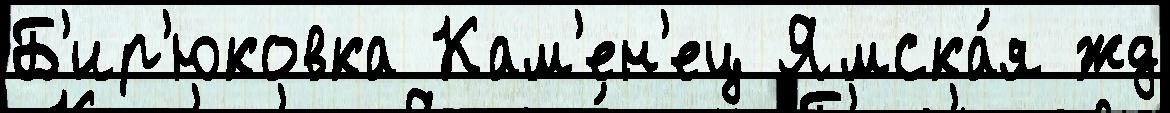
Б'ир'юковка Кам'ен'ец Ямска́я жд